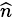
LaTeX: \scriptstyle{\widehat{n}}